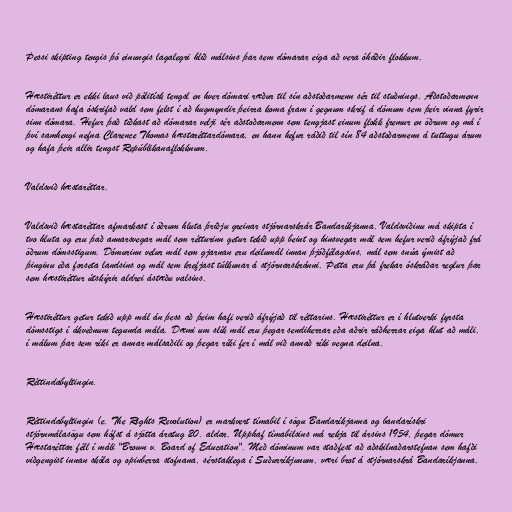
Þessi skipting tengis þó einungis lagalegri hlið málsins þar sem dómarar eiga að vera óháðir flokkum.

Hæstiréttur er ekki laus við pólitísk tengsl en hver dómari ræður til sín aðstoðarmenn sér til stuðnings. Aðstoðarmenn
dómarans hafa óskrifað vald sem felst í að hugmyndir þeirra koma fram í gegnum skrif á dómum sem þeir vinna fyrir
sinn dómara. Hefur það tíðkast að dómarar velji sér aðstoðarmenn sem tengjast einum flokk fremur en öðrum og má í
því samhengi nefna Clarence Thomas hæstaréttardómara, en hann hefur ráðið til sín 84 aðstoðarmenn á tuttugu árum
og hafa þeir allir tengst Repúblikanaflokknum.

Valdsvið hæstaréttar.

Valdsvið hæstaréttar afmarkast í öðrum hluta þriðju greinar stjórnarskrár Bandaríkjanna. Valdsviðinu má skipta í
tvo hluta og eru það annarsvegar mál sem rétturinn getur tekið upp beint og hinsvegar mál sem hefur verið áfrýjað frá
öðrum dómsstigum. Dómurinn velur mál sem gjarnan eru deilumál innan þjóðfélagsins, mál sem snúa ýmist að
þinginu eða forseta landsins og mál sem krefjast túlkunar á stjórnarskránni. Þetta eru þá frekar óskráðar reglur þar
sem hæstiréttur útskýrir aldrei ástæðu valsins.

Hæstiréttur getur tekið upp mál án þess að þeim hafi verið áfrýjað til réttarins. Hæstiréttur er í hlutverki fyrsta
dómsstigs í ákveðnum tegunda mála. Dæmi um slík mál eru þegar sendiherrar eða aðrir ráðherrar eiga hlut að máli,
í málum þar sem ríki er annar málsaðili og þegar ríki fer í mál við annað ríki vegna deilna.

Réttindabyltingin.

Réttindabyltingin (e. The Rights Revolution) er markvert tímabil í sögu Bandaríkjanna og bandarískri
stjórnmálasögu sem hófst á sjötta áratug 20. aldar. Upphaf tímabilsins má rekja til ársins 1954, þegar dómur
Hæstaréttar féll í máli "Brown v. Board of Education". Með dóminum var staðfest að aðskilnaðarstefnan sem hafði
viðgengist innan skóla og opinberra stofnana, sérstaklega í Suðurríkjunum, væri brot á stjórnarskrá Bandaríkjanna.